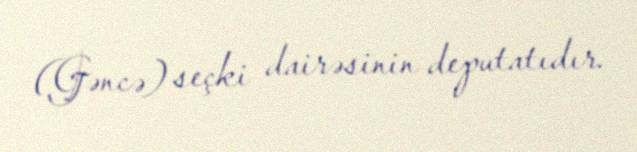
(Gəncə) seçki dairəsinin deputatıdır.